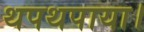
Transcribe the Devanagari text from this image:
थपथपाया।